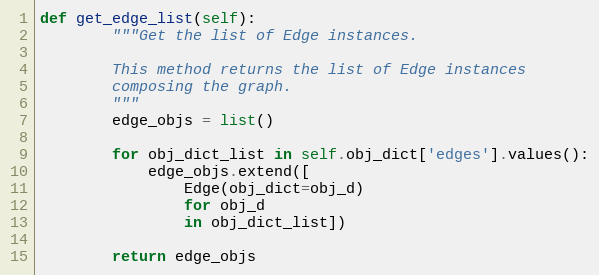
Language: Python
def get_edge_list(self):
        """Get the list of Edge instances.

        This method returns the list of Edge instances
        composing the graph.
        """
        edge_objs = list()

        for obj_dict_list in self.obj_dict['edges'].values():
            edge_objs.extend([
                Edge(obj_dict=obj_d)
                for obj_d
                in obj_dict_list])

        return edge_objs